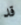
قد